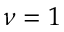
\nu = 1